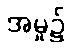
အမှု၌